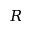
R